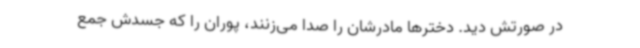
در صورتش دید. دخترها مادرشان را صدا می‌زنند، پوران را که جسدش جمع